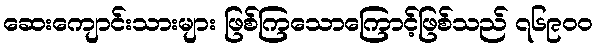
ဆေးကျောင်းသားများ ဖြစ်ကြသောကြောင့်ဖြစ်သည် ၇၆၉၀၀